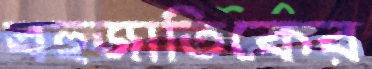
বহুজাতিকের